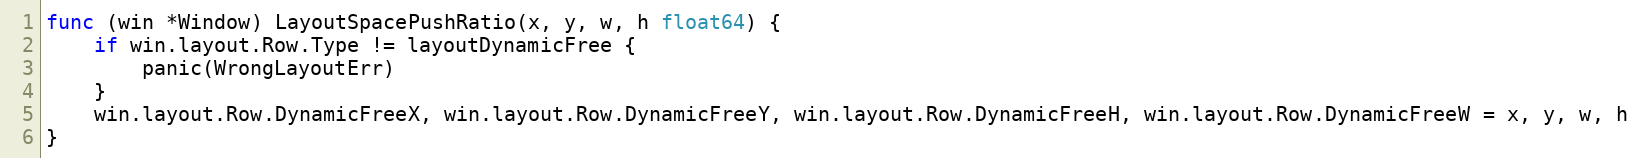
Language: Go
func (win *Window) LayoutSpacePushRatio(x, y, w, h float64) {
	if win.layout.Row.Type != layoutDynamicFree {
		panic(WrongLayoutErr)
	}
	win.layout.Row.DynamicFreeX, win.layout.Row.DynamicFreeY, win.layout.Row.DynamicFreeH, win.layout.Row.DynamicFreeW = x, y, w, h
}